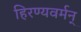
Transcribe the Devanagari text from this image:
हिरण्यवर्मन्